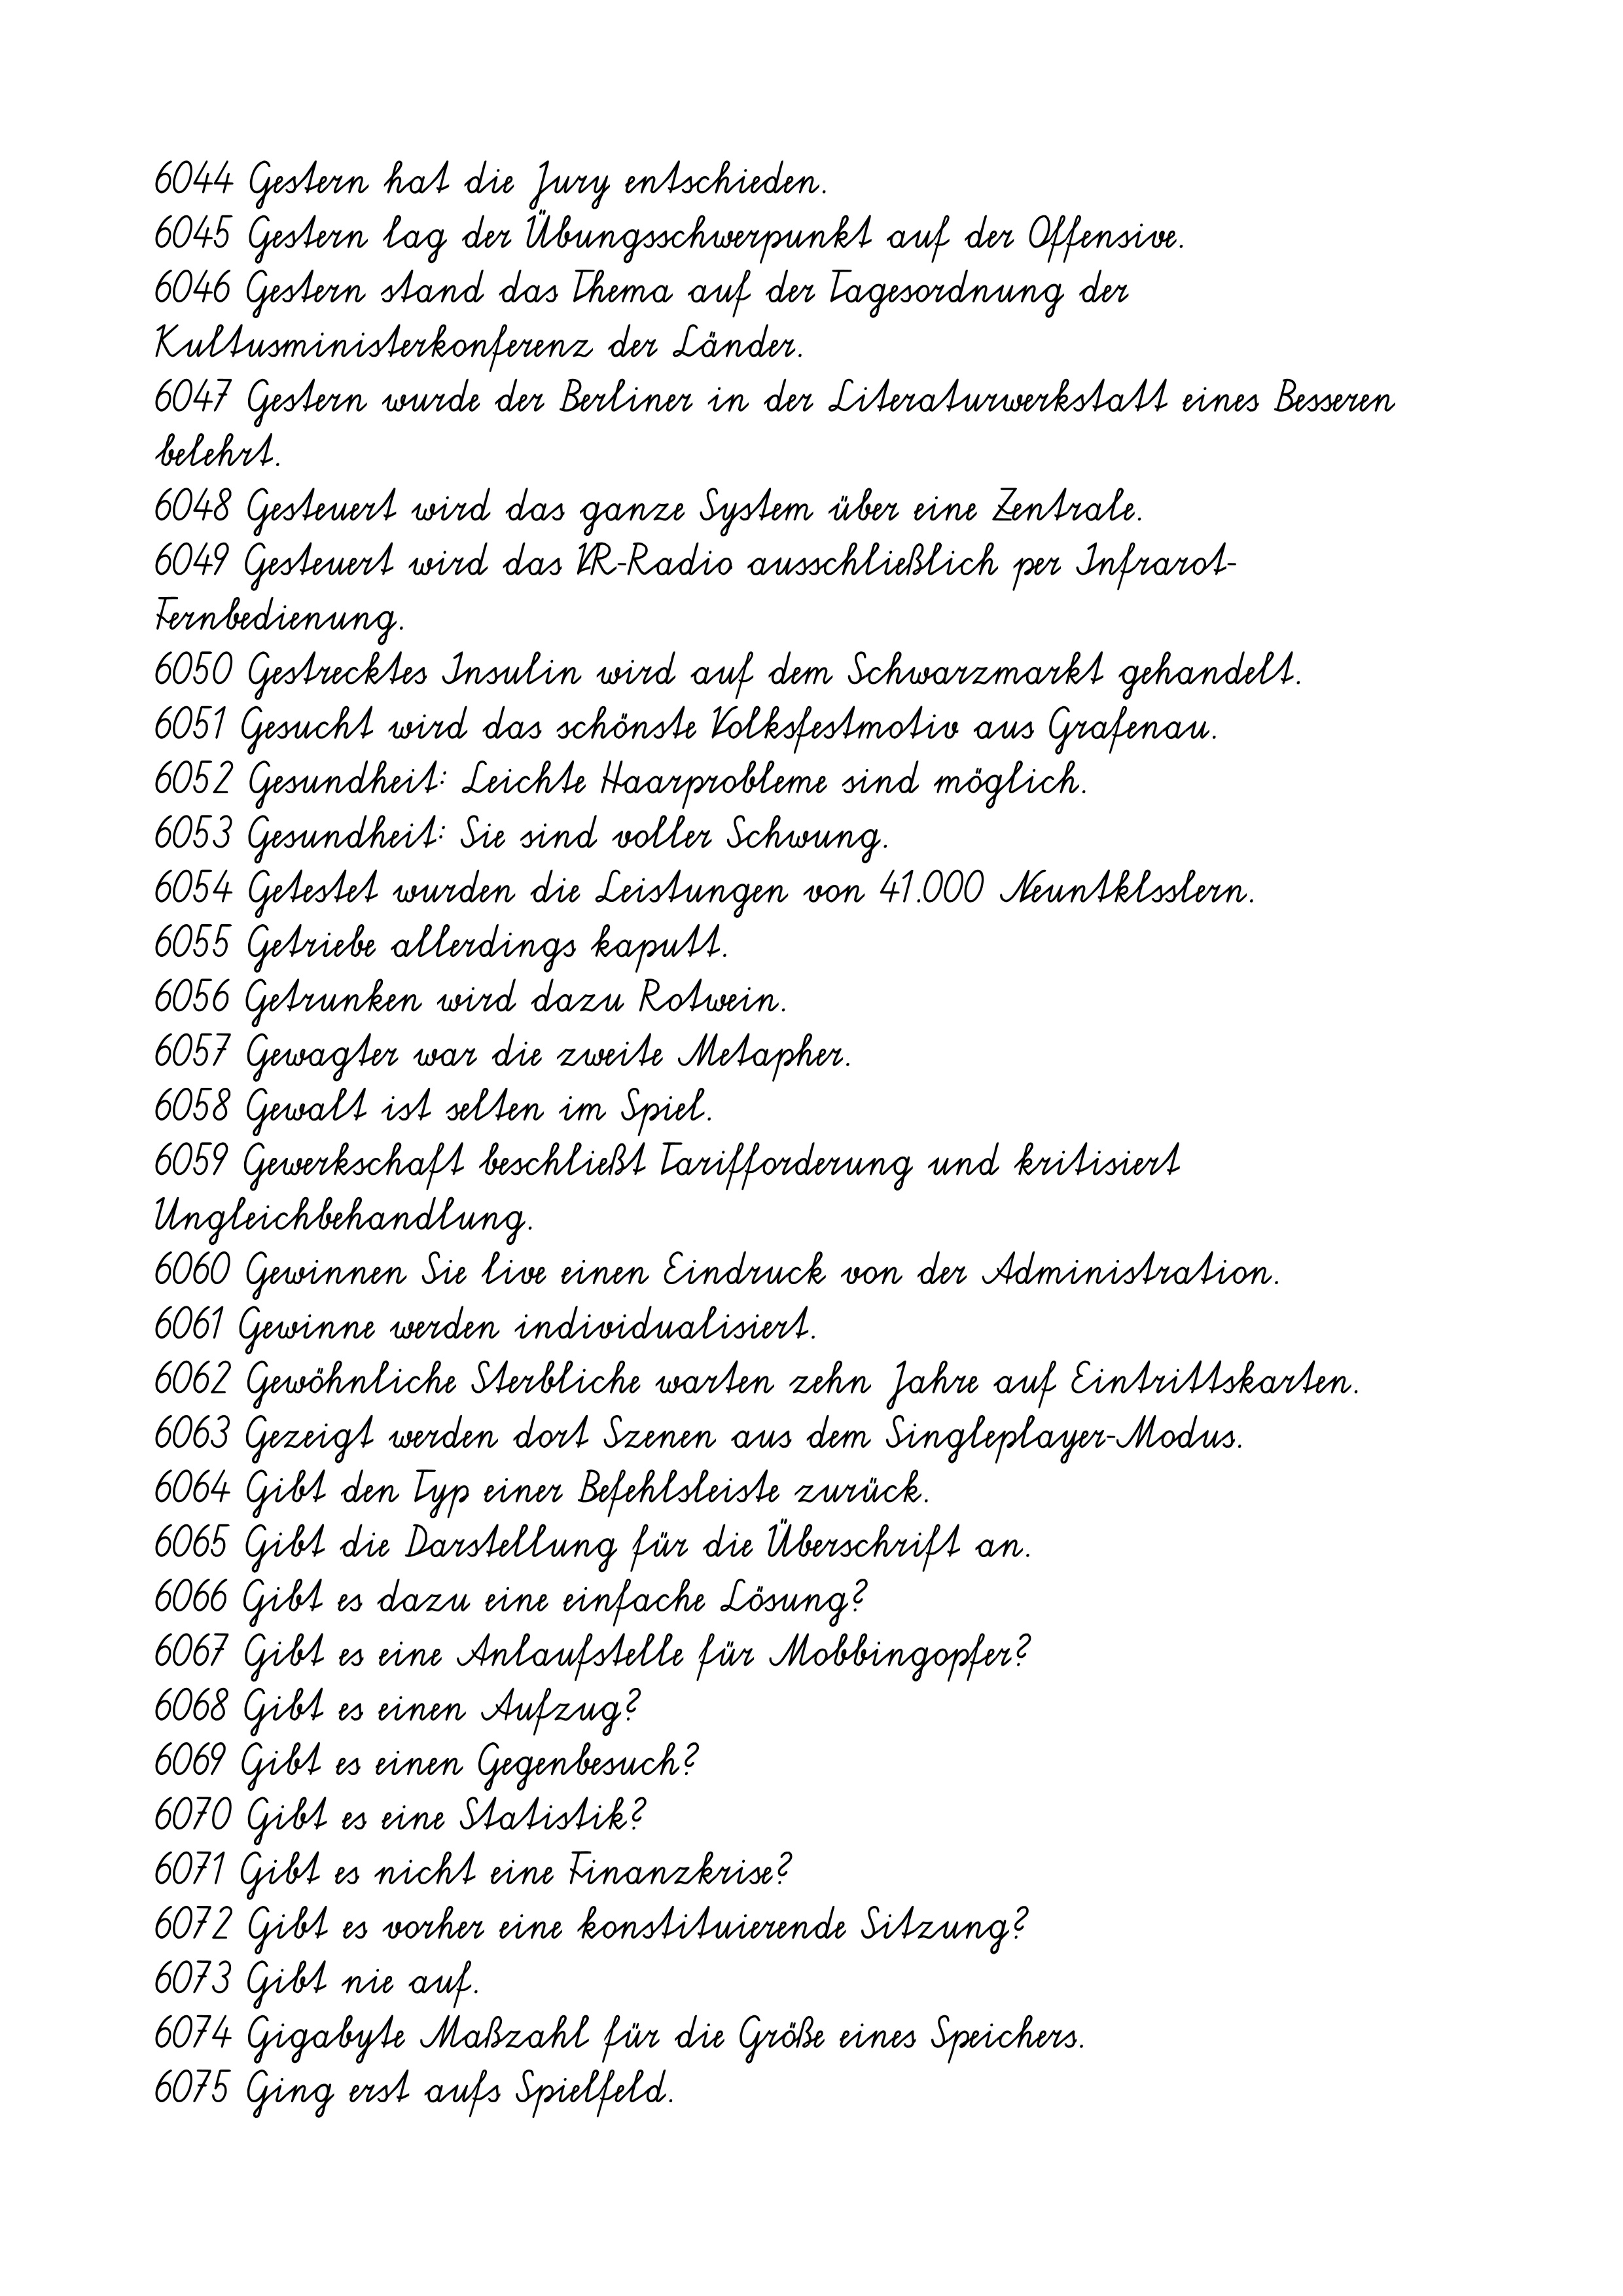
6044 Gestern hat die Jury entschieden.
6045 Gestern lag der Übungsschwerpunkt auf der Offensive.
6046 Gestern stand das Thema auf der Tagesordnung der
Kultusministerkonferenz der Länder.
6047 Gestern wurde der Berliner in der Literaturwerkstatt eines Besseren
belehrt.
6048 Gesteuert wird das ganze System über eine Zentrale.
6049 Gesteuert wird das VR-Radio ausschließlich per Infrarot-
Fernbedienung.
6050 Gestrecktes Insulin wird auf dem Schwarzmarkt gehandelt.
6051 Gesucht wird das schönste Volksfestmotiv aus Grafenau.
6052 Gesundheit: Leichte Haarprobleme sind möglich.
6053 Gesundheit: Sie sind voller Schwung.
6054 Getestet wurden die Leistungen von 41.000 Neuntklsslern.
6055 Getriebe allerdings kaputt.
6056 Getrunken wird dazu Rotwein.
6057 Gewagter war die zweite Metapher.
6058 Gewalt ist selten im Spiel.
6059 Gewerkschaft beschließt Tarifforderung und kritisiert
Ungleichbehandlung.
6060 Gewinnen Sie live einen Eindruck von der Administration.
6061 Gewinne werden individualisiert.
6062 Gewöhnliche Sterbliche warten zehn Jahre auf Eintrittskarten.
6063 Gezeigt werden dort Szenen aus dem Singleplayer-Modus.
6064 Gibt den Typ einer Befehlsleiste zurück.
6065 Gibt die Darstellung für die Überschrift an.
6066 Gibt es dazu eine einfache Lösung?
6067 Gibt es eine Anlaufstelle für Mobbingopfer?
6068 Gibt es einen Aufzug?
6069 Gibt es einen Gegenbesuch?
6070 Gibt es eine Statistik?
6071 Gibt es nicht eine Finanzkrise?
6072 Gibt es vorher eine konstituierende Sitzung?
6073 Gibt nie auf.
6074 Gigabyte Maßzahl für die Größe eines Speichers.
6075 Ging erst aufs Spielfeld.